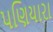
પણિયારા